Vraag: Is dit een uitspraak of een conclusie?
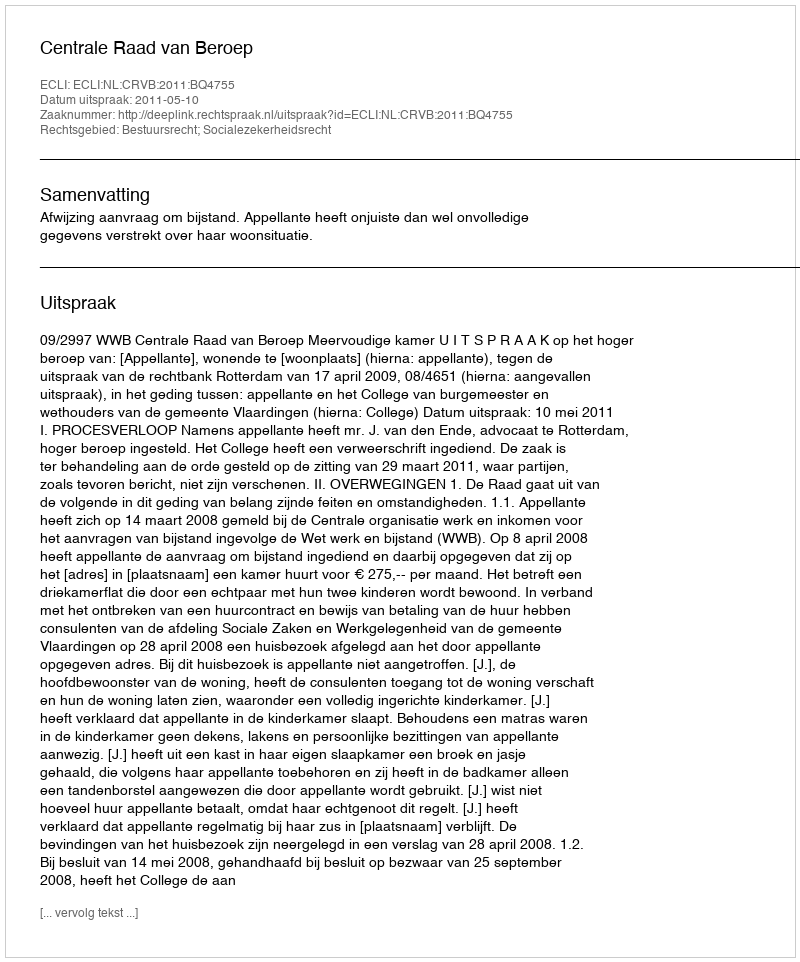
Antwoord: Uitspraak